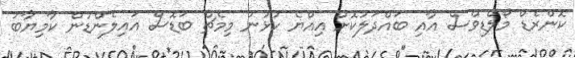
ކޮންރެޑް މޯލްޑިވްސް އާއި ބައްދަލުކޮށް އިއްޔެ ކުޅުނު މިމެޗް ބަޑޮސް އައިލެންޑުން ކާމިޔާބު